Leaving Certificate, 1896
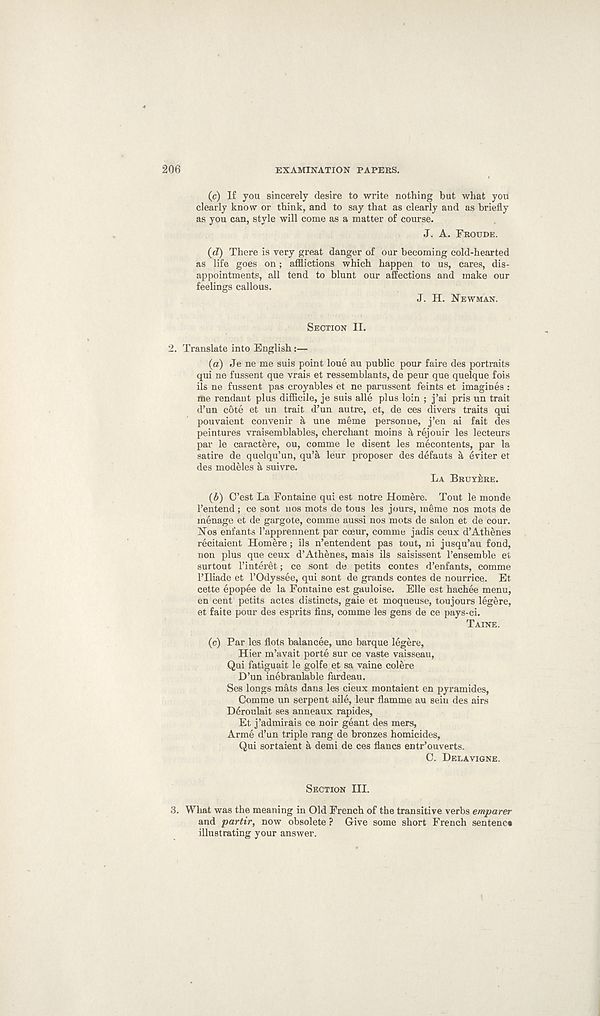
206
EXAMINATION PAPEES.
(c) If you sincerely desire to write nothing but what you
clearly know or think, and to say that as clearly and as briefly
as you can, style will come as a matter of course.
J. A. FROUDE.
(d) There is very great danger of our becoming cold-hearted
as life goes on; afflictions which happen to us, cares, dis-
appointments, all tend to blunt our affections and make our
feelings callous.
J. H. NEWMAN.
SECTION II.
2. Translate into English:—
(a) Je ne me suis point loue au public pour faire des portraits
qui ne fussent que vrais et ressemblants, de peur que quelque fois
ils ne fussent pas croyables et ne parussent feints et imagines :
me rendant plus difficile, je suis alle plus loin ; j’ai pris un trait
d’un c6te et un trait d’un autre, et, de ces divers traits qui
pouvaient convenir a une meme personne, j’en ai fait des
peintures vraisemblables, cherchant moins a rejouir les lecteurs
par le caractere, ou, comme le disent les mecontents, par la
satire de quelqu’un, qu’a leur proposer des defauts a eviter et
des modeles a suivre.
LA BRUYERE.
(b) O’est La Fontaine qui est notre Homere. Tout le monde
1’entend; ce sont nos mots de tous les jours, meme nos mots de
menage et de gargote, comme aussi nos mots de salon et de cour.
Nos enfants 1’apprennent par coeur, comme jadis ceux d’Athenes
recitaient Homere; ils n’entendent pas tout, ni jusqu’au fond,
non plus que ceux d’Athenes, mais ils saisissent 1’ensemble et
surtout 1’interet; ce sont de petits contes d’enfants, comme
ITliade et I’Odyssee, qui sont de grands contes de nourrice. Et
cette epopee de la Fontaine est gauloise. Elle est hachee menu,
en cent petits actes distincts, gaie et moqueuse, toujours legere,
et faite pour des esprits fins, comme les gens de ce pays-ci.
TAINE.
(c) Par les flots balancee, une barque legere,
Hier m’avait porte sur ce vaste vaisseau,
Qui fatiguait le golfe et sa vaine colere
D’un inebranlable fardeau.
Ses longs mats dans les cieux montaient en pyramides,
Comme un serpent aile, leur flamme au sein des airs
D6roulait ses anneaux rapides,
Et j’admirais ce noir geant des mers,
Arme d’un triple rang de bronzes homicides,
Qui sortaient a demi de ces flancs entr’ouverts.
C. DEI.AVIGNE.
SECTION III.
3. What was the meaning in Old French of the transitive verbs emparer
and partir, now obsolete ? Give some short French sentence
illustrating your answer.